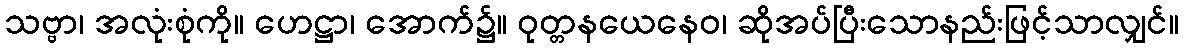
သဗ္ဗာ၊ အလုံးစုံကို။ ဟေဋ္ဌာ၊ အောက်၌။ ဝုတ္တနယေနေဝ၊ ဆိုအပ်ပြီးသောနည်းဖြင့်သာလျှင်။